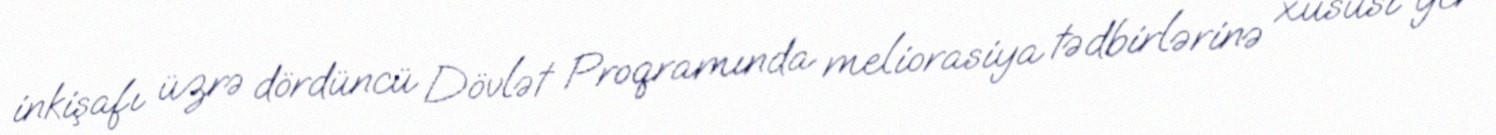
inkişafı üzrə dördüncü Dövlət Proqramında meliorasiya tədbirlərinə xüsusi yer